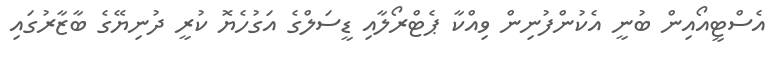
އެސްޓީއޯއިން ބުނީ އެކުންފުނިން ވިއްކާ ޕެޓްރޯލާއި ޑީސަލްގެ އަގުހެޔޮ ކުރީ ދުނިޔޭގެ ބާޒާރުގައި